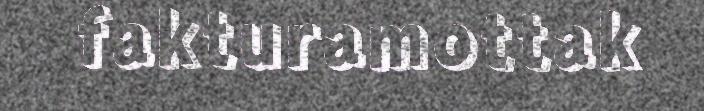
fakturamottak